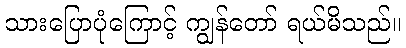
သားပြောပုံကြောင့် ကျွန်တော် ရယ်မိသည်။